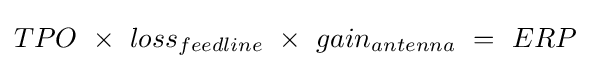
TPO\ \times \ loss_{feedline}\ \times \ gain_{antenna}\ =\ ERP